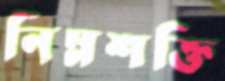
নিম্নশক্তি